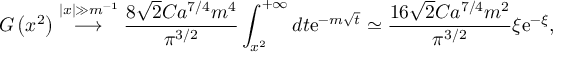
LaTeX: G \left( x ^ { 2 } \right) \stackrel { | x | \gg m ^ { - 1 } } { \longrightarrow } \frac { 8 \sqrt { 2 } C a ^ { 7 / 4 } m ^ { 4 } } { \pi ^ { 3 / 2 } } \int _ { x ^ { 2 } } ^ { + \infty } d t \mathrm { e } ^ { - m \sqrt { t } } \simeq \frac { 1 6 \sqrt { 2 } C a ^ { 7 / 4 } m ^ { 2 } } { \pi ^ { 3 / 2 } } \xi \mathrm { e } ^ { - \xi } ,